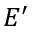
E ^ { \prime }